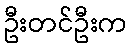
ဦးတင်ဦးက